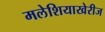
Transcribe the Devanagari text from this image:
मलेशियाखेरीज